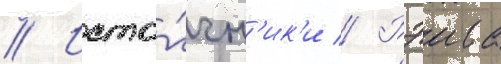
// Исто́чн'ик'и // Рэива